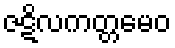
ဇဋိလကတ္တမေဝ